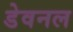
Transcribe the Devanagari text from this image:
डेवनल